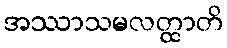
အဿာသမလတ္ထာတိ